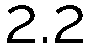
2.2